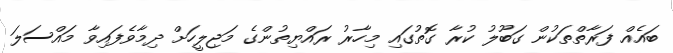
ބައެއް ފަރާތްތަކުން ގަބޫލު ކުރާ ގޮތުގައި މިހާރު ރައްޔިތުންގެ މަޖިލީހަށް ދިމާވެފައިވާ މައްސަލަ